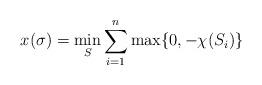
LaTeX: \begin{align*}x(\sigma) = \min\limits_S \sum_{i = 1}^n \max\{0, -\chi(S_i)\}\end{align*}